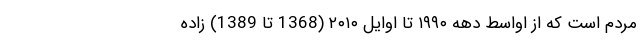
مردم است که از اواسط دههٔ ۱۹۹۰ تا اوایل ۲۰۱۰ (1368 تا 1389) زاده